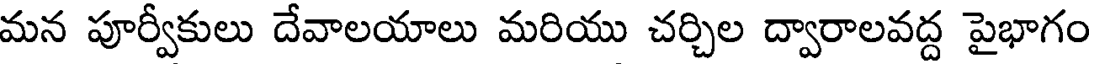
మన పూర్వీకులు దేవాలయాలు మరియు చర్చిల ద్వారాలవద్ద పైభాగం